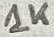
Text: 1K